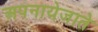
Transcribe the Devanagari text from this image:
अपनायेजाते